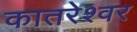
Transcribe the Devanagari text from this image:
कातरेश्वर